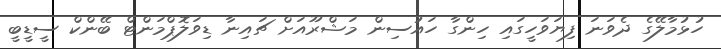
ހުޅުމާލޭގެ ދެވަނަ ފިޔަވަހީގައި ހިންގާ ހައުސިން މަޝްރޫއަށް ޗައިނާ ޑިވަލޮޕްމަންޓް ބޭންކް ސީޑީބީ